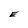
Character: E